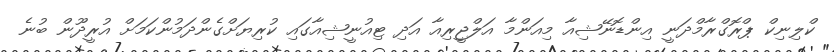
ކްލިނިކް ޕްރޮގްރާމްދަނީ އިންޑޮނޭޝިއާ މިއަންމާ އަލްޖީރިއާ އަދި ޓިއުނީޝިއާގައި ކުރިޔަށްގެންދަމުންކަމަށް އުރީދޫން ބުނެ